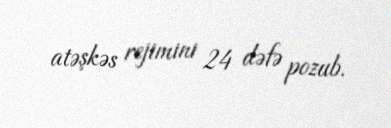
atəşkəs rejimini 24 dəfə pozub.